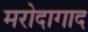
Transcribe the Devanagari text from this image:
मरोदागाद